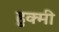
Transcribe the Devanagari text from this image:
हुक्मी